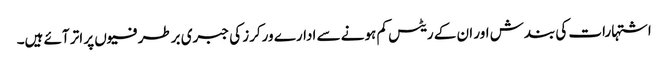
اشتہارات کی بندش اور ان کے ریٹس کم ہونے سے ادارے ورکرز کی جبری برطرفیوں پر اتر آئے ہیں۔